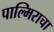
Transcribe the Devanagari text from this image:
पाल्मिराचा